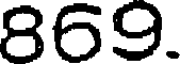
869.